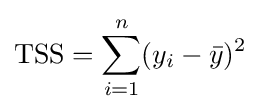
\mathrm {TSS} =\sum _{i=1}^{n}(y_{i}-{\bar {y}})^{2}